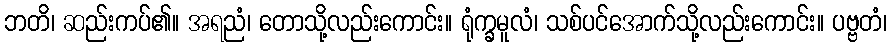
ဘတိ၊ ဆည်းကပ်၏။ အရညံ၊ တောသို့လည်းကောင်း။ ရုံက္ခမူလံ၊ သစ်ပင်အောက်သို့လည်းကောင်း။ ပဗ္ဗတံ၊